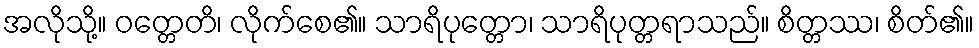
အလိုသို့။ ဝတ္တေတိ၊ လိုက်စေ၏။ သာရိပုတ္တော၊ သာရိပုတ္တရာသည်။ စိတ္တဿ၊ စိတ်၏။